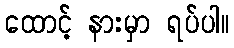
ထောင့် နားမှာ ရပ်ပါ။